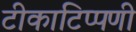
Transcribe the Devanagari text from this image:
टीकाटिप्पणी